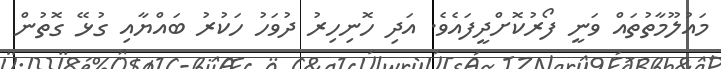
މައުލޫމާތުތައް ވަނީ ފޯރުކޮށްދީފައެވެ. އަދި ހޮނިހިރު ދުވަހު ހަކުރު ބައްޔާއި ގުޅޭ ގޮތުން